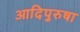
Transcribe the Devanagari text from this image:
आदिपुरुषा